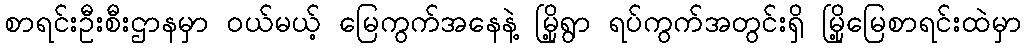
စာရင်းဦးစီးဌာနမှာ ဝယ်မယ့် မြေကွက်အနေနဲ့ မြို့ရွာ ရပ်ကွက်အတွင်းရှိ မြို့မြေစာရင်းထဲမှာ